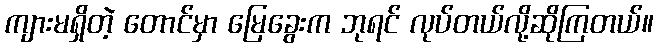
ကျားမရှိတဲ့ တောင်မှာ မြေခွေးက ဘုရင် လုပ်တယ်လို့ဆိုကြတယ်။